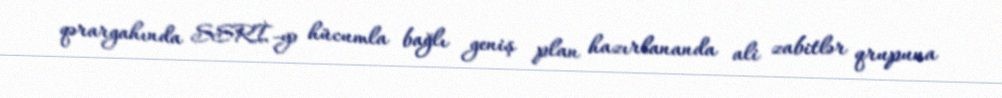
qərargahında SSRİ-yə hücumla bağlı geniş plan hazırlananda ali zabitlər qrupuna